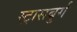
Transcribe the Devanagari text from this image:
स्ट्रासबुर्ग